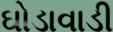
ઘોડાવાડી